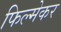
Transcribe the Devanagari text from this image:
फिल्मेकर